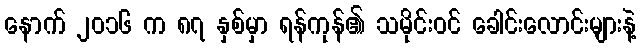
နောက် ၂၀၁၆ က ၈၇ နှစ်မှာ ရန်ကုန်၏ သမိုင်းဝင် ခေါင်းလောင်းများနဲ့